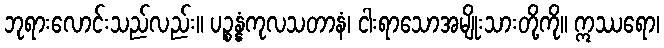
ဘုရားလောင်းသည်လည်း။ ပဉ္စန္နံကုလသတာနံ၊ ငါးရာသောအမျိုးသားတို့ကို။ ဣဿရော၊